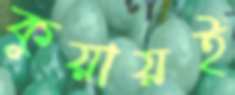
কুয়ায়ই